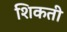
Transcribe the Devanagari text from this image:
शिकती